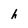
Character: h